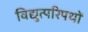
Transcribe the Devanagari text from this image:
विद्युत्परिपथों